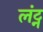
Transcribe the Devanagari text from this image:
लंट्न